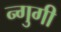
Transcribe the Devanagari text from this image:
न्गुगी